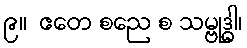
၉။  ဧတေ စညေ စ သမ္ဗုဒ္ဓါ၊